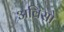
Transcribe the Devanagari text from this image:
अविसो